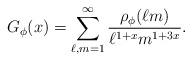
LaTeX: \begin{align*} G_{\phi}(x) = \sum_{\ell,m =1}^{\infty}\frac{\rho_{\phi}(\ell m)}{\ell^{1 + x}m^{1 +3x}}.\end{align*}